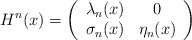
\begin{align*}H\sp n(x)=\left( \begin{array}{cc} \lambda_n(x) & 0 \\ \sigma_n(x) & \eta_n(x) \\ \end{array} \right)\end{align*}